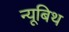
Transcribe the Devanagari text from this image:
न्यूबिथ